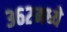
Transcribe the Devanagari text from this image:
३६२मध्ये